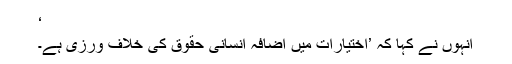
‘
انہوں نے کہا کہ ’اختیارات میں اضافہ انسانی حقوق کی خلاف ورزی ہے۔